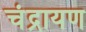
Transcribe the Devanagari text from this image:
चंद्रायण